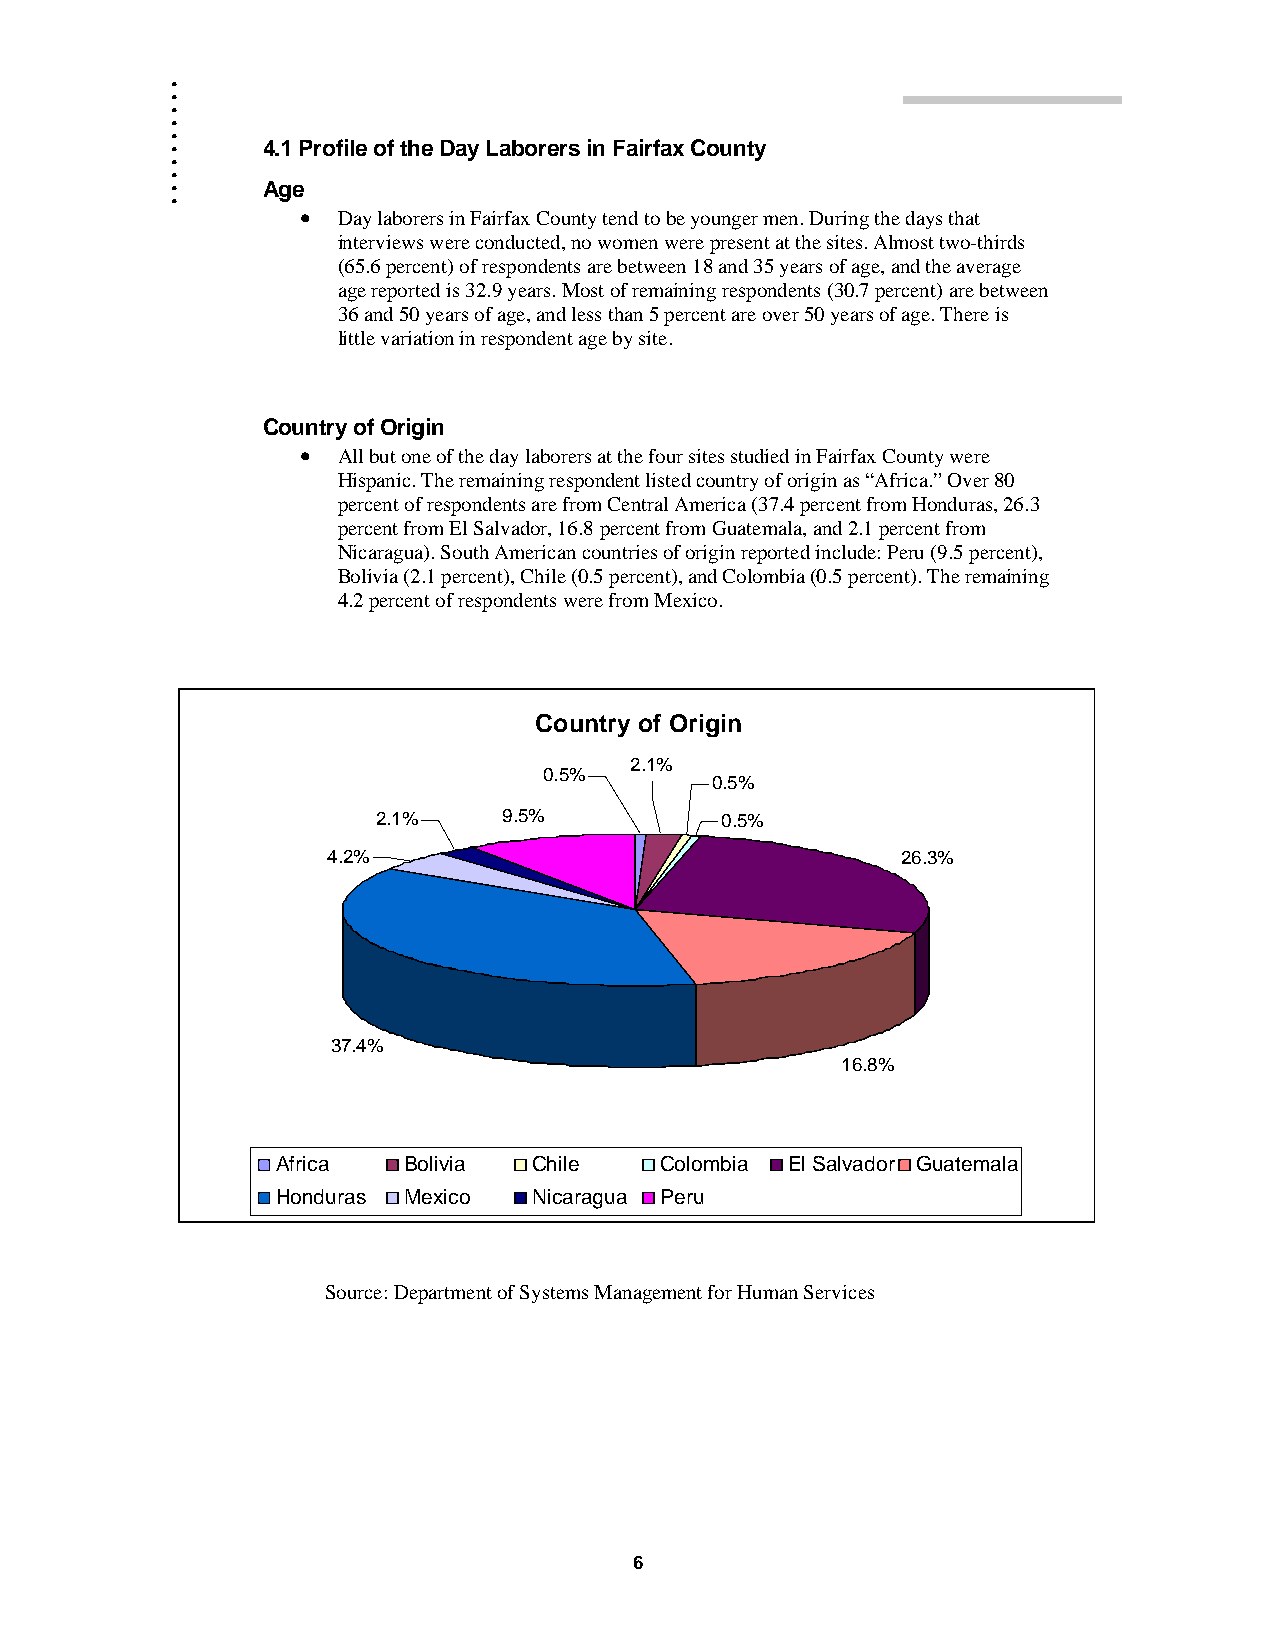
.
 .
 .
 .
 .
 .
 .
 .     4.1 Profile of the Day Laborers in Fairfax County
 .
 .
 Age
 • Day laborers in Fairfax County tend to be younger men. During the days that
 interviews were conducted, no women were present at the sites. Almost two-thirds
 (65.6 percent) of respondents are between 18 and 35 years of age, and the average
 age reported is 32.9 years. Most of remaining respondents (30.7 percent) are between
 36 and 50 years of age, and less than 5 percent are over 50 years of age. There is
 little variation in respondent age by site.
 Country of Origin
 • All but one of the day laborers at the four sites studied in Fairfax County were
 Hispanic. The remaining respondent listed country of origin as “Africa.” Over 80
 percent of respondents are from Central America (37.4 percent from Honduras, 26.3
 percent from El Salvador, 16.8 percent from Guatemala, and 2.1 percent from
 Nicaragua). South American countries of origin reported include: Peru (9.5 percent),
 Bolivia (2.1 percent), Chile (0.5 percent), and Colombia (0.5 percent). The remaining
 4.2 percent of respondents were from Mexico.
 Country of Origin
 2.1%
 0.5%
 0.5%
 2.1%    9.5%           0.5%
 4.2%                                  26.3%
 37.4%
 16.8%
 Africa   Bolivia Chile    Colombia El Salvador Guatemala
 Honduras Mexico  Nicaragua Peru
 Source: Department of Systems Management for Human Services
 6